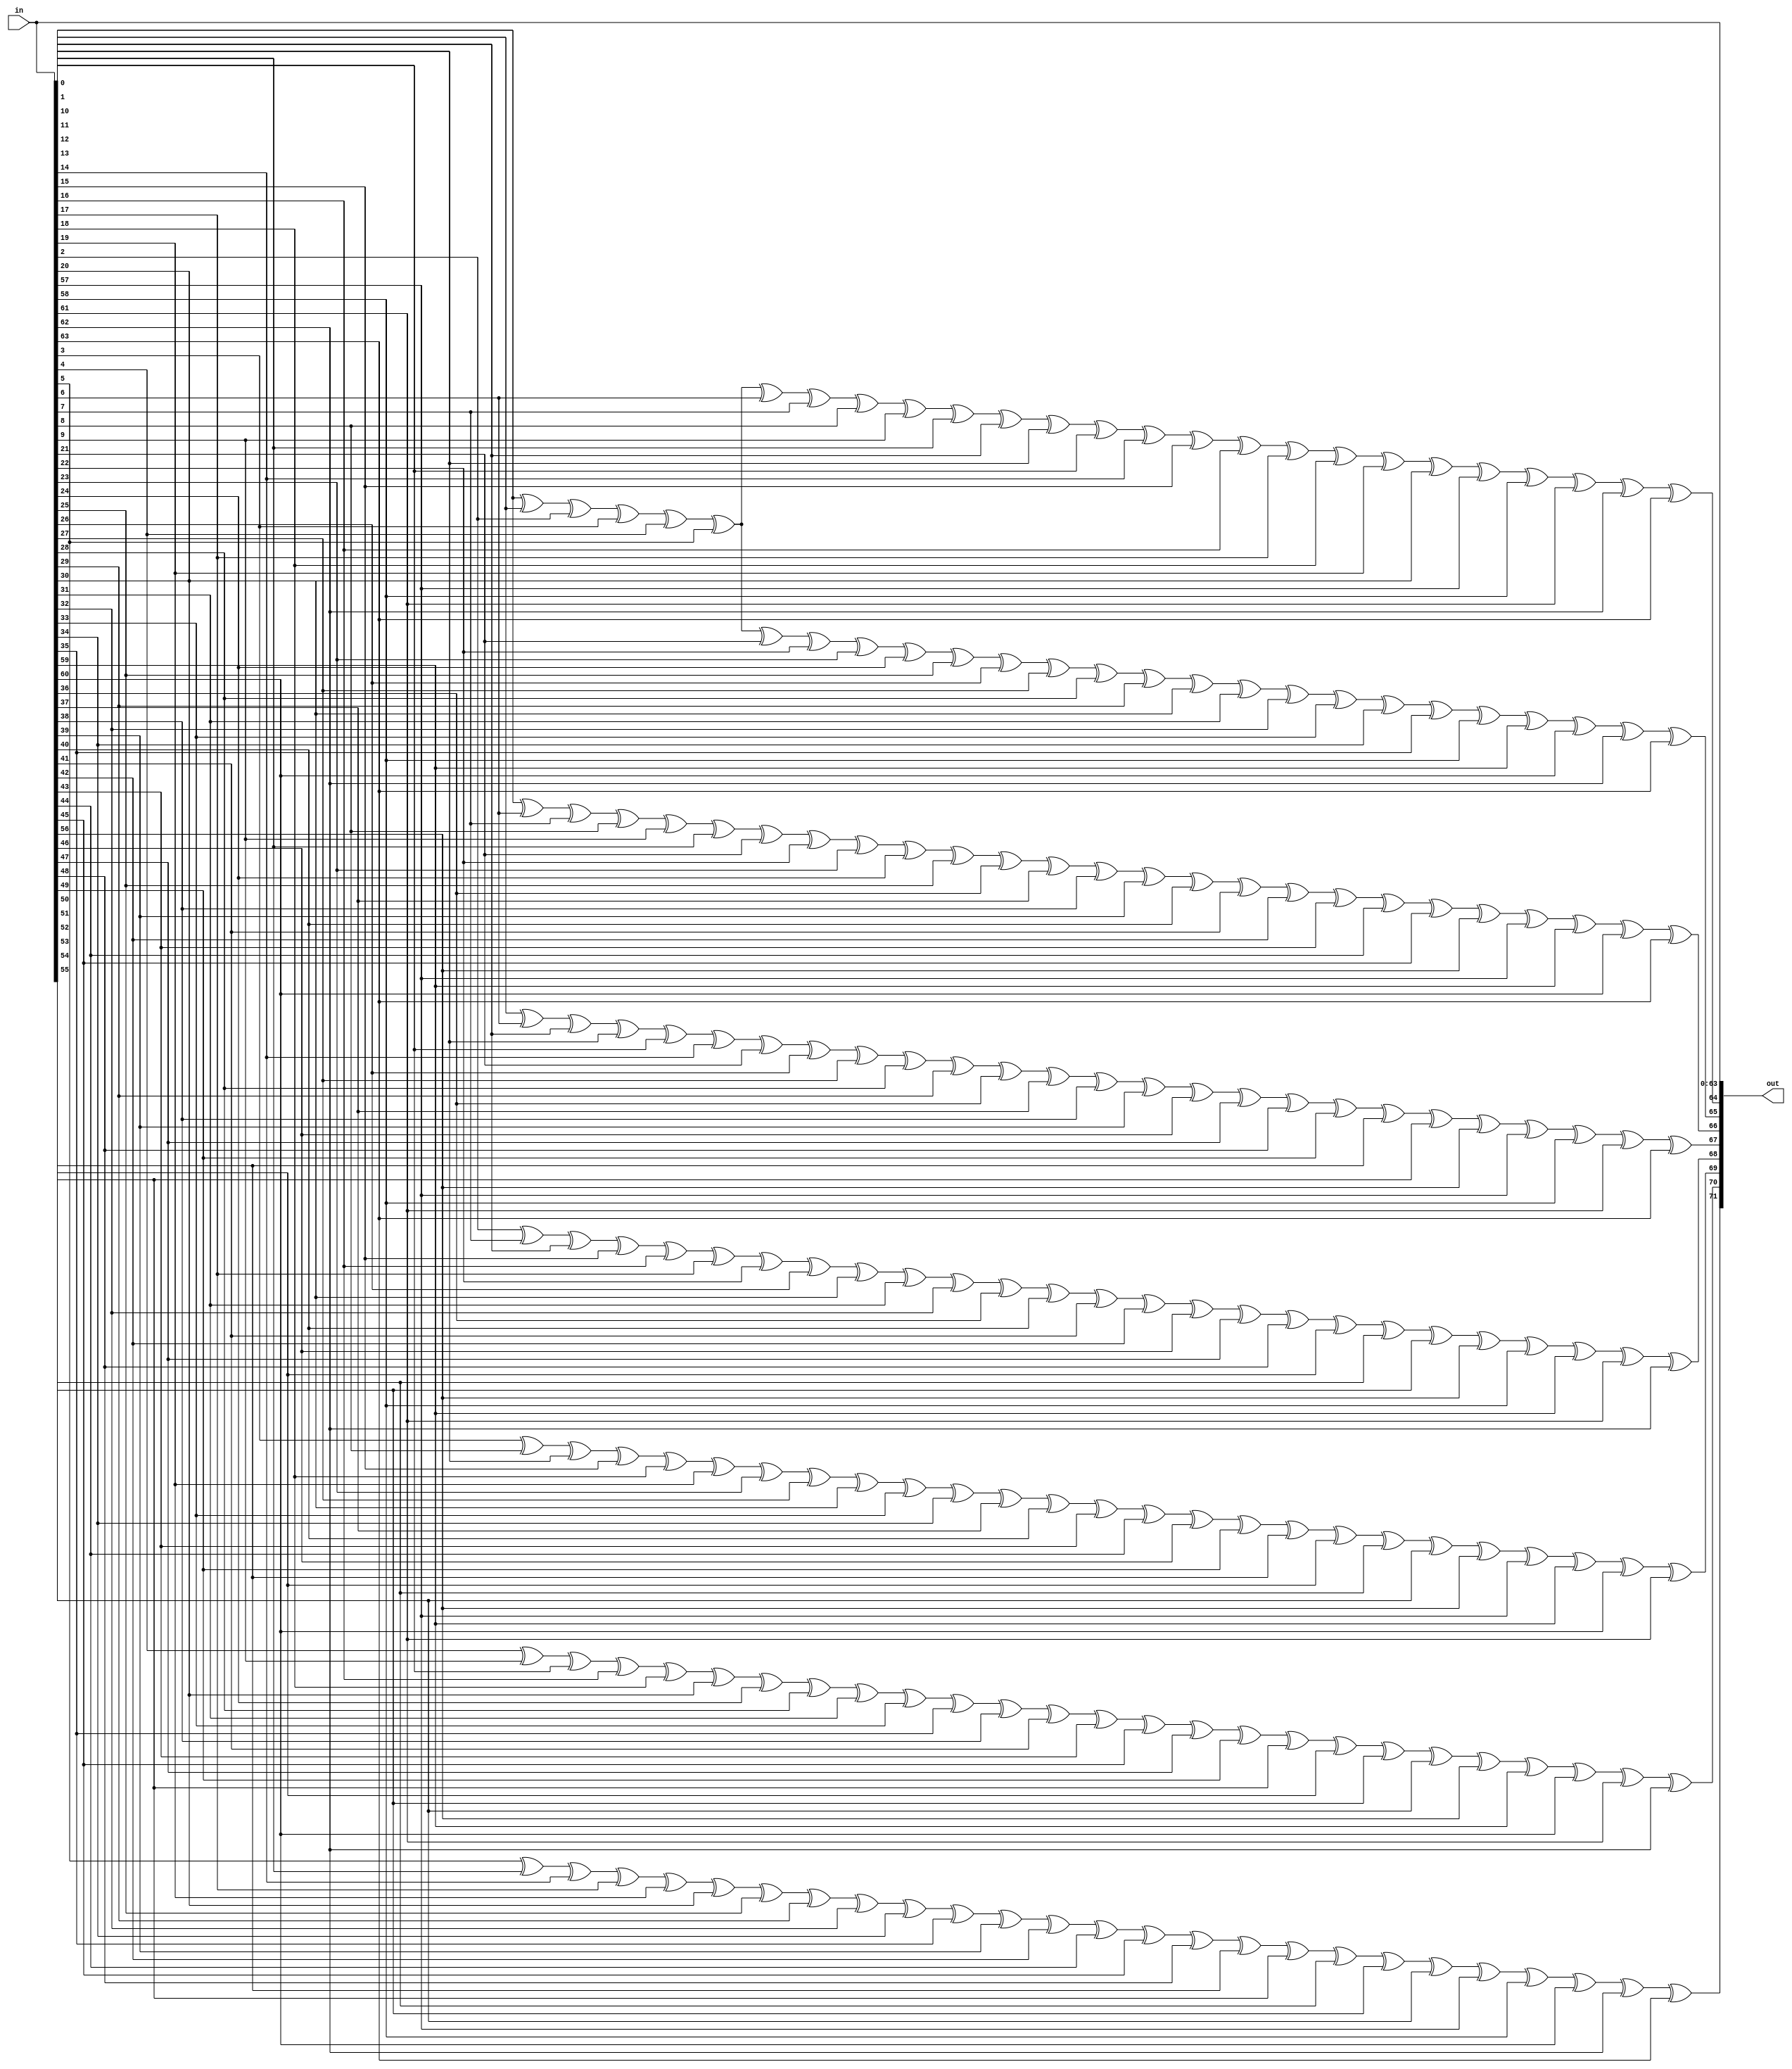
module prim_secded_72_64_enc (
	in,
	out
);
	input [63:0] in;
	output wire [71:0] out;
	assign out[0] = in[0];
	assign out[1] = in[1];
	assign out[2] = in[2];
	assign out[3] = in[3];
	assign out[4] = in[4];
	assign out[5] = in[5];
	assign out[6] = in[6];
	assign out[7] = in[7];
	assign out[8] = in[8];
	assign out[9] = in[9];
	assign out[10] = in[10];
	assign out[11] = in[11];
	assign out[12] = in[12];
	assign out[13] = in[13];
	assign out[14] = in[14];
	assign out[15] = in[15];
	assign out[16] = in[16];
	assign out[17] = in[17];
	assign out[18] = in[18];
	assign out[19] = in[19];
	assign out[20] = in[20];
	assign out[21] = in[21];
	assign out[22] = in[22];
	assign out[23] = in[23];
	assign out[24] = in[24];
	assign out[25] = in[25];
	assign out[26] = in[26];
	assign out[27] = in[27];
	assign out[28] = in[28];
	assign out[29] = in[29];
	assign out[30] = in[30];
	assign out[31] = in[31];
	assign out[32] = in[32];
	assign out[33] = in[33];
	assign out[34] = in[34];
	assign out[35] = in[35];
	assign out[36] = in[36];
	assign out[37] = in[37];
	assign out[38] = in[38];
	assign out[39] = in[39];
	assign out[40] = in[40];
	assign out[41] = in[41];
	assign out[42] = in[42];
	assign out[43] = in[43];
	assign out[44] = in[44];
	assign out[45] = in[45];
	assign out[46] = in[46];
	assign out[47] = in[47];
	assign out[48] = in[48];
	assign out[49] = in[49];
	assign out[50] = in[50];
	assign out[51] = in[51];
	assign out[52] = in[52];
	assign out[53] = in[53];
	assign out[54] = in[54];
	assign out[55] = in[55];
	assign out[56] = in[56];
	assign out[57] = in[57];
	assign out[58] = in[58];
	assign out[59] = in[59];
	assign out[60] = in[60];
	assign out[61] = in[61];
	assign out[62] = in[62];
	assign out[63] = in[63];
	assign out[64] = ((((((((((((((((((((((((in[0] ^ in[1]) ^ in[2]) ^ in[3]) ^ in[4]) ^ in[5]) ^ in[6]) ^ in[7]) ^ in[8]) ^ in[9]) ^ in[10]) ^ in[11]) ^ in[12]) ^ in[13]) ^ in[14]) ^ in[15]) ^ in[16]) ^ in[17]) ^ in[18]) ^ in[19]) ^ in[20]) ^ in[57]) ^ in[58]) ^ in[61]) ^ in[62]) ^ in[63];
	assign out[65] = ((((((((((((((((((((((((in[0] ^ in[1]) ^ in[2]) ^ in[3]) ^ in[4]) ^ in[5]) ^ in[21]) ^ in[22]) ^ in[23]) ^ in[24]) ^ in[25]) ^ in[26]) ^ in[27]) ^ in[28]) ^ in[29]) ^ in[30]) ^ in[31]) ^ in[32]) ^ in[33]) ^ in[34]) ^ in[35]) ^ in[58]) ^ in[59]) ^ in[60]) ^ in[62]) ^ in[63];
	assign out[66] = ((((((((((((((((((((((((in[0] ^ in[6]) ^ in[7]) ^ in[8]) ^ in[9]) ^ in[10]) ^ in[21]) ^ in[22]) ^ in[23]) ^ in[24]) ^ in[25]) ^ in[36]) ^ in[37]) ^ in[38]) ^ in[39]) ^ in[40]) ^ in[41]) ^ in[42]) ^ in[43]) ^ in[44]) ^ in[45]) ^ in[56]) ^ in[57]) ^ in[59]) ^ in[60]) ^ in[63];
	assign out[67] = ((((((((((((((((((((((((in[1] ^ in[6]) ^ in[11]) ^ in[12]) ^ in[13]) ^ in[14]) ^ in[21]) ^ in[26]) ^ in[27]) ^ in[28]) ^ in[29]) ^ in[36]) ^ in[37]) ^ in[38]) ^ in[39]) ^ in[46]) ^ in[47]) ^ in[48]) ^ in[49]) ^ in[50]) ^ in[51]) ^ in[56]) ^ in[57]) ^ in[58]) ^ in[61]) ^ in[63];
	assign out[68] = ((((((((((((((((((((((((in[2] ^ in[7]) ^ in[11]) ^ in[15]) ^ in[16]) ^ in[17]) ^ in[22]) ^ in[26]) ^ in[30]) ^ in[31]) ^ in[32]) ^ in[36]) ^ in[40]) ^ in[41]) ^ in[42]) ^ in[46]) ^ in[47]) ^ in[48]) ^ in[52]) ^ in[53]) ^ in[54]) ^ in[56]) ^ in[58]) ^ in[59]) ^ in[61]) ^ in[62];
	assign out[69] = ((((((((((((((((((((((((in[3] ^ in[8]) ^ in[12]) ^ in[15]) ^ in[18]) ^ in[19]) ^ in[23]) ^ in[27]) ^ in[30]) ^ in[33]) ^ in[34]) ^ in[37]) ^ in[40]) ^ in[43]) ^ in[44]) ^ in[46]) ^ in[49]) ^ in[50]) ^ in[52]) ^ in[53]) ^ in[55]) ^ in[56]) ^ in[57]) ^ in[59]) ^ in[60]) ^ in[61];
	assign out[70] = ((((((((((((((((((((((((in[4] ^ in[9]) ^ in[13]) ^ in[16]) ^ in[18]) ^ in[20]) ^ in[24]) ^ in[28]) ^ in[31]) ^ in[33]) ^ in[35]) ^ in[38]) ^ in[41]) ^ in[43]) ^ in[45]) ^ in[47]) ^ in[49]) ^ in[51]) ^ in[52]) ^ in[54]) ^ in[55]) ^ in[56]) ^ in[59]) ^ in[60]) ^ in[61]) ^ in[62];
	assign out[71] = ((((((((((((((((((((((((in[5] ^ in[10]) ^ in[14]) ^ in[17]) ^ in[19]) ^ in[20]) ^ in[25]) ^ in[29]) ^ in[32]) ^ in[34]) ^ in[35]) ^ in[39]) ^ in[42]) ^ in[44]) ^ in[45]) ^ in[48]) ^ in[50]) ^ in[51]) ^ in[53]) ^ in[54]) ^ in[55]) ^ in[57]) ^ in[58]) ^ in[60]) ^ in[62]) ^ in[63];
endmodule